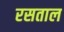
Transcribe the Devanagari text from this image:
रसताल